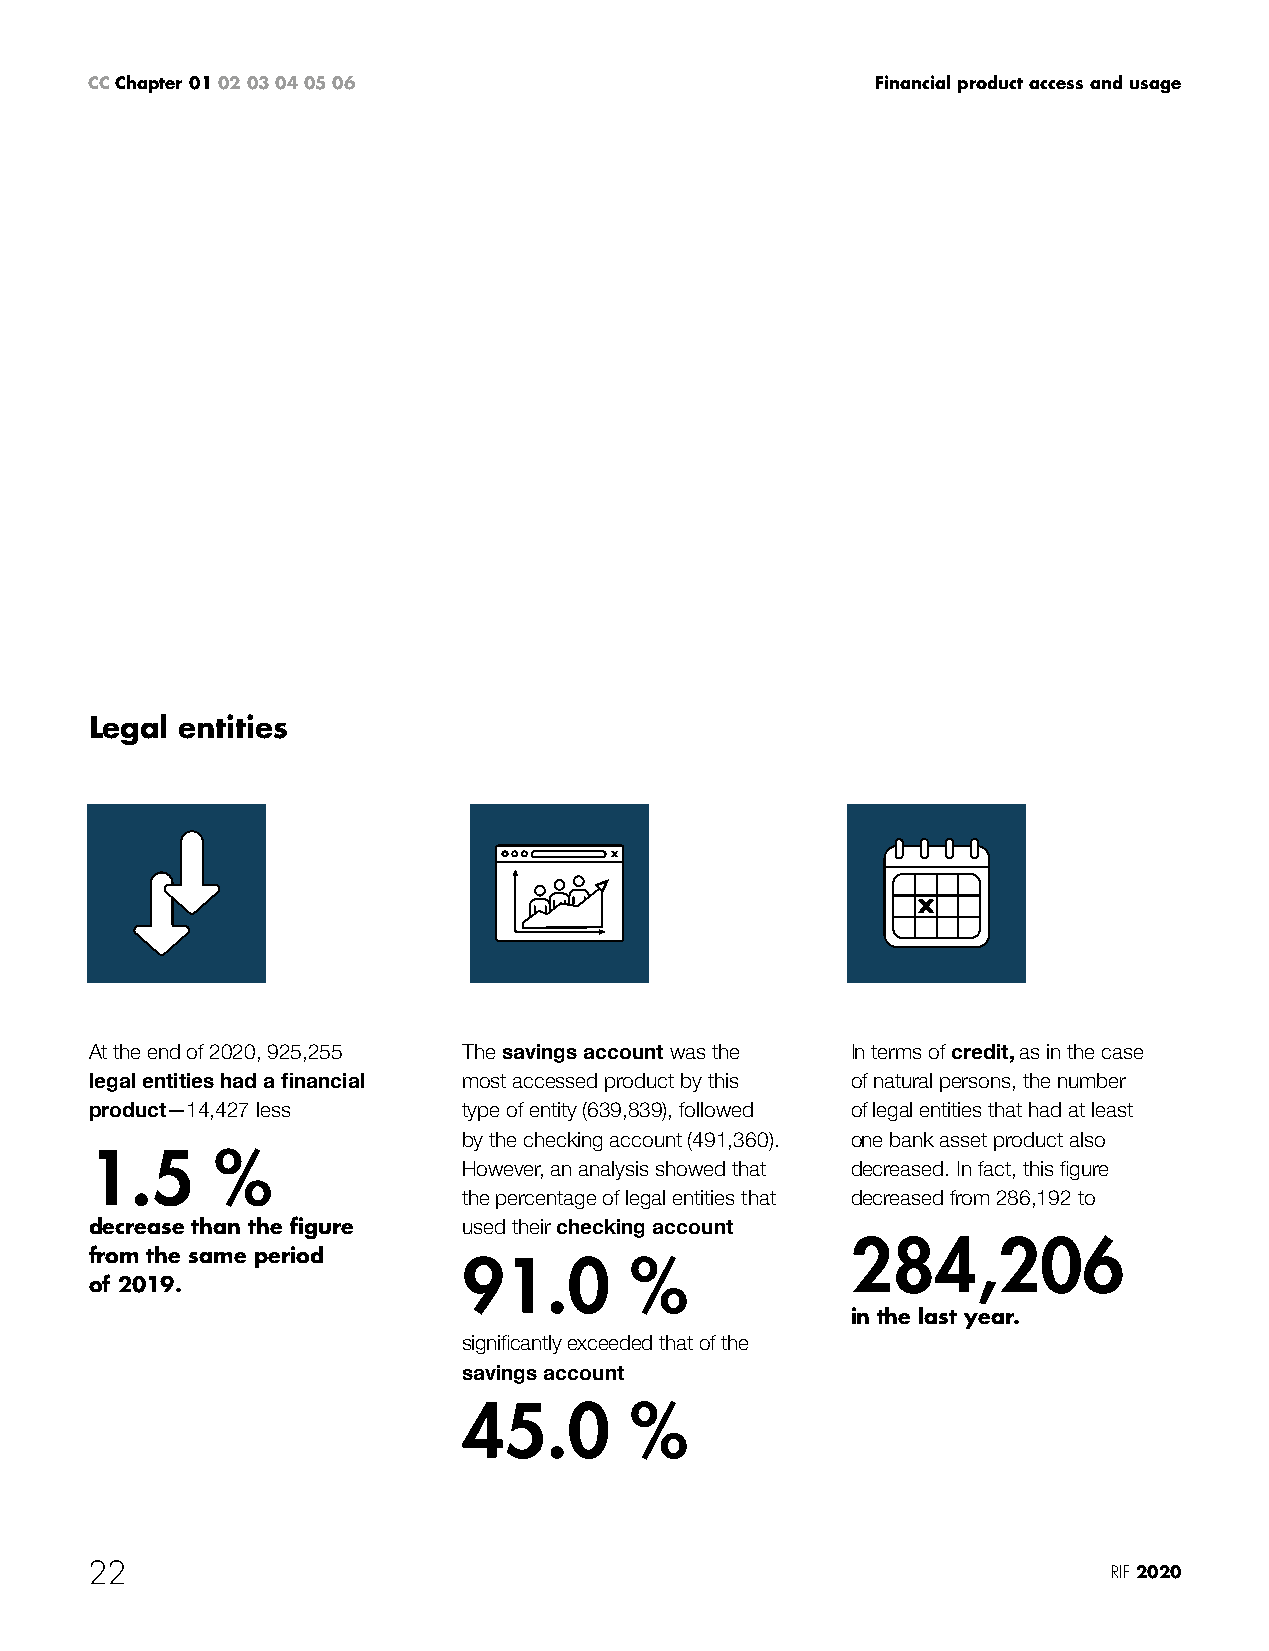
CC Chapter 01 02 03 04 05 06                        Financial product access and usage
 Legal entities
 At the end of 2020, 925,255 The savings account was the In terms of credit, as in the case
 legal entities had a financial most accessed product by this of natural persons, the number
 product—14,427 less      type of entity (639,839), followed of legal entities that had at least
 by the checking account (491,360). one bank asset product also
 1.5     %
 However, an analysis showed that decreased. In fact, this figure
 the percentage of legal entities that decreased from 286,192 to
 decrease than the figure used their checking account
 284,206
 from the same period
 91.0       %
 of 2019.
 in the last year.
 significantly exceeded that of the
 savings account
 45.0       %
 22                                                                  RIF 2020